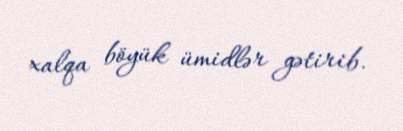
xalqa böyük ümidlər gətirib.